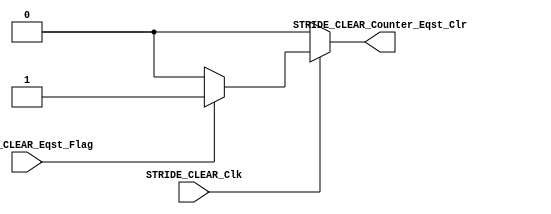
/*#########################################################################
//# Counter stride clear
//#########################################################################
//#
//# Copyright (C) 2021 Jose Maria Jaramillo Hoyos 
//# 
//# This program is free software: you can redistribute it and/or modify
//# it under the terms of the GNU General Public License as published by
//# the Free Software Foundation, either version 3 of the License, or
//# (at your option) any later version.
//#
//# This program is distributed in the hope that it will be useful,
//# but WITHOUT ANY WARRANTY; without even the implied warranty of
//# MERCHANTABILITY or FITNESS FOR A PARTICULAR PURPOSE.  See the
//# GNU General Public License for more details.
//#
//# You should have received a copy of the GNU General Public License
//# along with this program.  If not, see <https://www.gnu.org/licenses/>.
//#
//########################################################################*/

module STRIDE_CLEAR(

/////////// INPUTS //////////
STRIDE_CLEAR_Clk,
STRIDE_CLEAR_Eqst_Flag,
//////////// OUTPUTS //////////
STRIDE_CLEAR_Counter_Eqst_Clr
);


//=======================================================
//  PORT declarations
//=======================================================
input STRIDE_CLEAR_Clk;
input STRIDE_CLEAR_Eqst_Flag;
output  STRIDE_CLEAR_Counter_Eqst_Clr;


//=======================================================
//  REG/WIRE DECLARATIONS
//=======================================================
reg clear;


always@(STRIDE_CLEAR_Clk)
begin

	if(STRIDE_CLEAR_Clk)
	begin
		if(STRIDE_CLEAR_Eqst_Flag)
			clear=1;
		else
			clear=0;
	end
	
	else
	begin
		clear=0;
	end
end




assign STRIDE_CLEAR_Counter_Eqst_Clr=clear;


endmodule